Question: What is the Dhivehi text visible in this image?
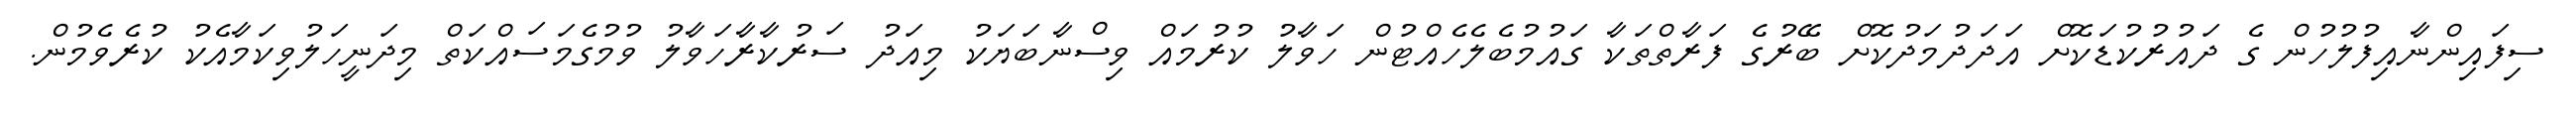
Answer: ސިފައިންނާއިފުލުހުން ގެ ދައުރުކުޑަކޮށް އަދަދުމަދުކޮށް ބޭރުގެ ފަރާތްތަކާ ގައުމުބެލެހެއްޓުން ހަވާލު ކުރުމައް ވިސްނާބަޔަކު މިއަދު ސަރުކާރާހަވާލު ވުމުގެމަސައްކަތް މިދަނީހަލުވިކަމާއެކު ކުރެވެމުން.